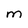
Character: M